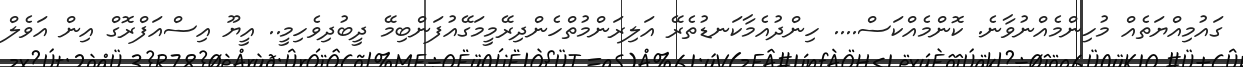
ގައުމިއްޔަތެއް މުހިންމެއްނުވާނެ. ކޮންމެއްކަސް.... ހިންދުއެމާކަނޑުތެރޭ އަލިރަންމުތްހެންދިރޭމީމަގޭއުފަންބިމޭ ދީބުދިވެހިމީ.. އީޔޫ އިސްއަފްރޮގް އިން އަވެލް